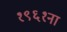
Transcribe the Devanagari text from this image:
१९६१ना